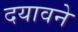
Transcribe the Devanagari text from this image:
दयावने